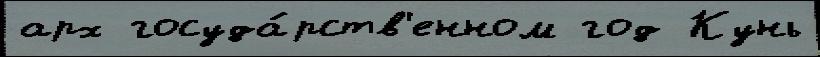
арх госуда́рств'енном год Кунь